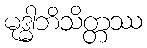
မုဒ္ဓါဘိသိတ္တဿ